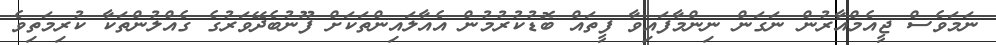
ނަމަވެސް ޖީއެމްއާރުން ނަގަން ނިންމާފައިވާ ފީތައް ބޮޑުކުރުމުން އެއާލައިންތަކަށް ފޫނުބެދޭވަރުގެ ގެއްލުންތަކާ ކުރިމަތިވެ